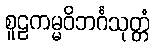
စူဠကမ္မဝိဘင်္ဂသုတ္တံ